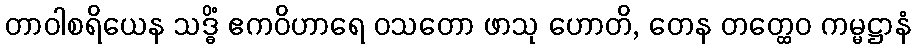
တာဝါစရိယေန သဒ္ဓိံ ဧကဝိဟာရေ ဝသတော ဖာသု ဟောတိ, တေန တတ္ထေဝ ကမ္မဋ္ဌာနံ